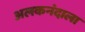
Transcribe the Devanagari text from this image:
अलकनंदाला